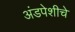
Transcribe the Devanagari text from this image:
अंडपेशीचे